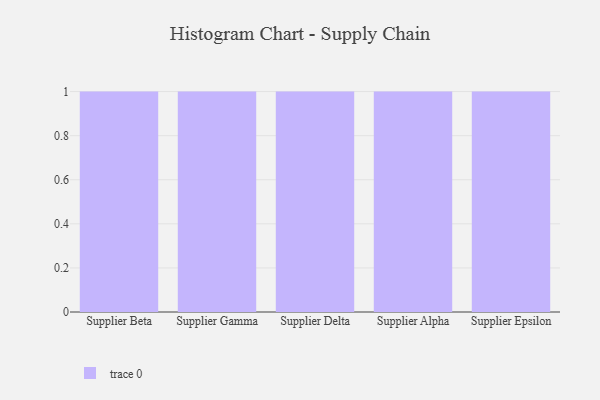
{"axis": {"x": "Supplier", "y": "Revenue (USD Million)"}, "legend": [""], "data": [{"x": "Supplier Beta", "y": 80, "type": ""}, {"x": "Supplier Gamma", "y": 58, "type": ""}, {"x": "Supplier Delta", "y": 90, "type": ""}, {"x": "Supplier Alpha", "y": 35, "type": ""}, {"x": "Supplier Epsilon", "y": 82, "type": ""}]}